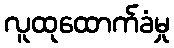
လူထုထောက်ခံမှု